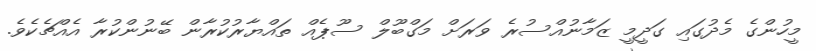
މީހުންގެ މެދުގައި ގަދީމީ ޒަމާނުއްސުރެ ވަރަށް މަގްބޫލް ސޫޕެއް ތައްޔާރުކުރާން ބޭނުންކުރާ އެއްޗެކެވެ.